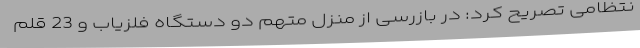
نتظامی تصریح کرد: در بازرسی از منزل متهم دو دستگاه فلزیاب و 23 قلم